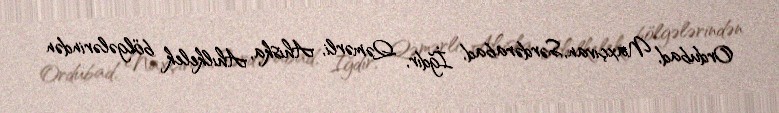
Ordubad, Naxçıvan, Sərdərabad, İğdır, Qəmərli, Ahiska, Ahılkelek bölgələrindən